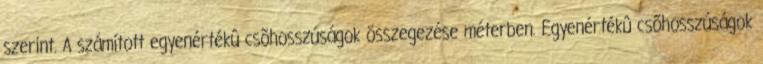
szerint. A számított egyenértékû csõhosszúságok összegezése méterben. Egyenértékû csõhosszúságok